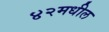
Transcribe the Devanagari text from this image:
४२मधील